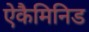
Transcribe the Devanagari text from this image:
ऐकैमिनिड